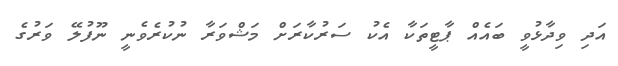
އަދި ވިދާޅުވީ ބައެއް ޕާޓީތަކާ އެކު ސަރުކާރަށް މަޝްވަރާ ނުކުރެވެނީ ނޫފުލޭ ވަރުގެ